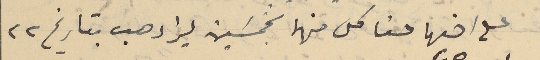
على اخىها حنا كل منها بخمسَين ليرا دهب بتاريخ ٢٢